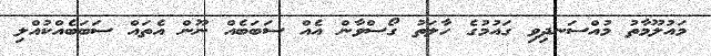
މައުލޫމާތު މުއްސަނދިވި ގައުމުގެ ހާލަތު ގޯސްވާން އެއް ސަބަބެއް ނޫން އެތައް ސަބަބެއްކުއްލި